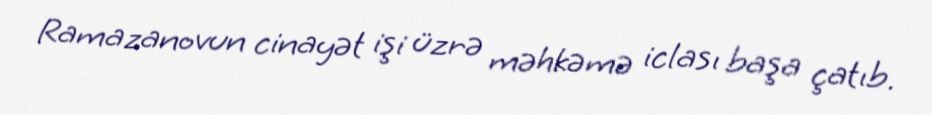
Ramazanovun cinayət işi üzrə məhkəmə iclası başa çatıb.